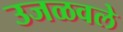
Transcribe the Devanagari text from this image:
उजळवले